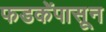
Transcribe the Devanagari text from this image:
फडकेंपासून